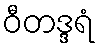
ဝီတဒ္ဒရံ